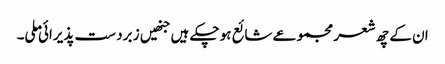
ان کے چھ شعر مجموعے شائع ہو چکے ہیں جنھیں ز برد ست پذیرائی ملی۔